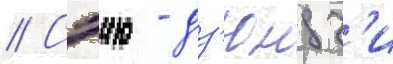
// Сэию - дз'юндз'и